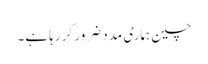
چین ہماری مدد ضرور کر رہا ہے۔